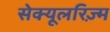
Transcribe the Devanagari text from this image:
सेक्यूलरिज़्म